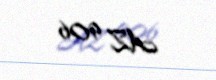
AZ 906